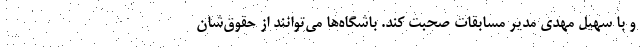
و با سهیل مهدی مدیر مسابقات صحبت کند. باشگاه‌ها می‌توانند از حقوق‌شان